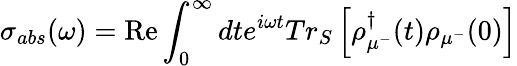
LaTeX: {{\sigma}_{abs}}(\omega)={\textrm{Re}\int_{0}^{\infty}{dt{{e}^{i\omega t}}T{{r}_{S}}}\left[\rho_{{{\mu}^{-}}}^{\dagger}(t){{\rho}_{{{\mu}^{-}}}}(0)\right]}